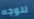
للوجه